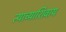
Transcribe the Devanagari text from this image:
त्याच्याशिवाय